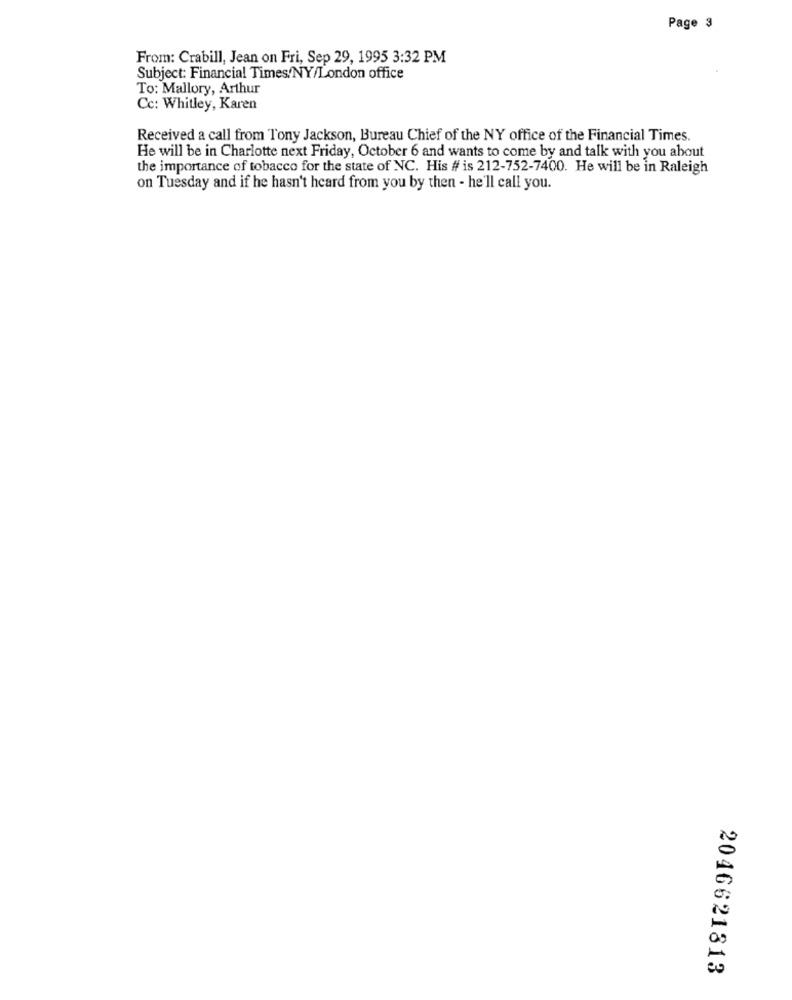
Page 3
From: Crabill, Jean on Fri, Sep 29, 1995 3:32 PM
Subject: Financial Times/NY/London office
To: Mallory, Arthur
Cc: Whitley, Karen
Received a call from Tony Jackson, Bureau Chief of the NY office of the Financial Times.
He will be in Charlotte next Friday, October 6 and wants to come by and talk with you about
the importance of tobacco for the state of NC. His # is 212-752-7400. He will be in Raleigh
on Tuesday and if he hasn't heard from you by then - he'll call you.
2046621813